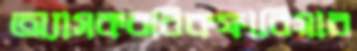
অ্যাসকরবিকফাবিয়াব